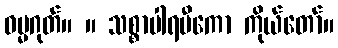
ဓမ္မဂုတ်။ ။ သစ္စာပါရမီကော ကိုယ်တော်။